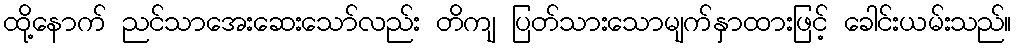
ထို့နောက် ညင်သာအေးဆေးသော်လည်း တိကျ ပြတ်သားသောမျက်နှာထားဖြင့် ခေါင်းယမ်းသည်။